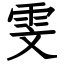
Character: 雯